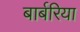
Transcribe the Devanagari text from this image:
बार्बरिया